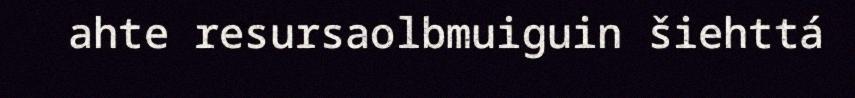
ahte resursaolbmuiguin šiehttá